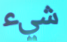
شيء